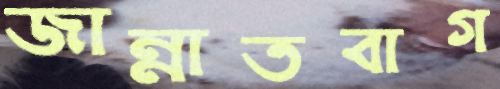
জান্নাতবাগ